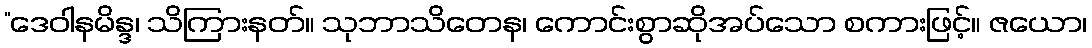
“ဒေဝါနမိန္ဒ၊ သိကြားနတ်။ သုဘာသိတေန၊ ကောင်းစွာဆိုအပ်သော စကားဖြင့်။ ဇယော၊